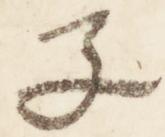
子